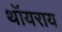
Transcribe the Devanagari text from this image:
थॉयराय